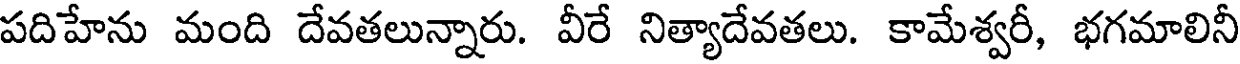
పదిహేను మంది దేవతలున్నారు. వీరే నిత్యాదేవతలు. కామేశ్వరీ, భగమాలినీ